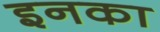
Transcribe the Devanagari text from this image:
इनका